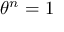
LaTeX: \theta ^ { n } = 1